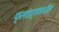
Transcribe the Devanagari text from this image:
फ्लांडर्समधील